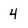
Character: 4